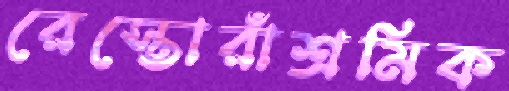
রেস্তোরাঁশ্রমিক